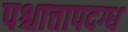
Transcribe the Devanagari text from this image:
पश्चात्तापदग्ध